Virumaa_algkoolid, lk 68
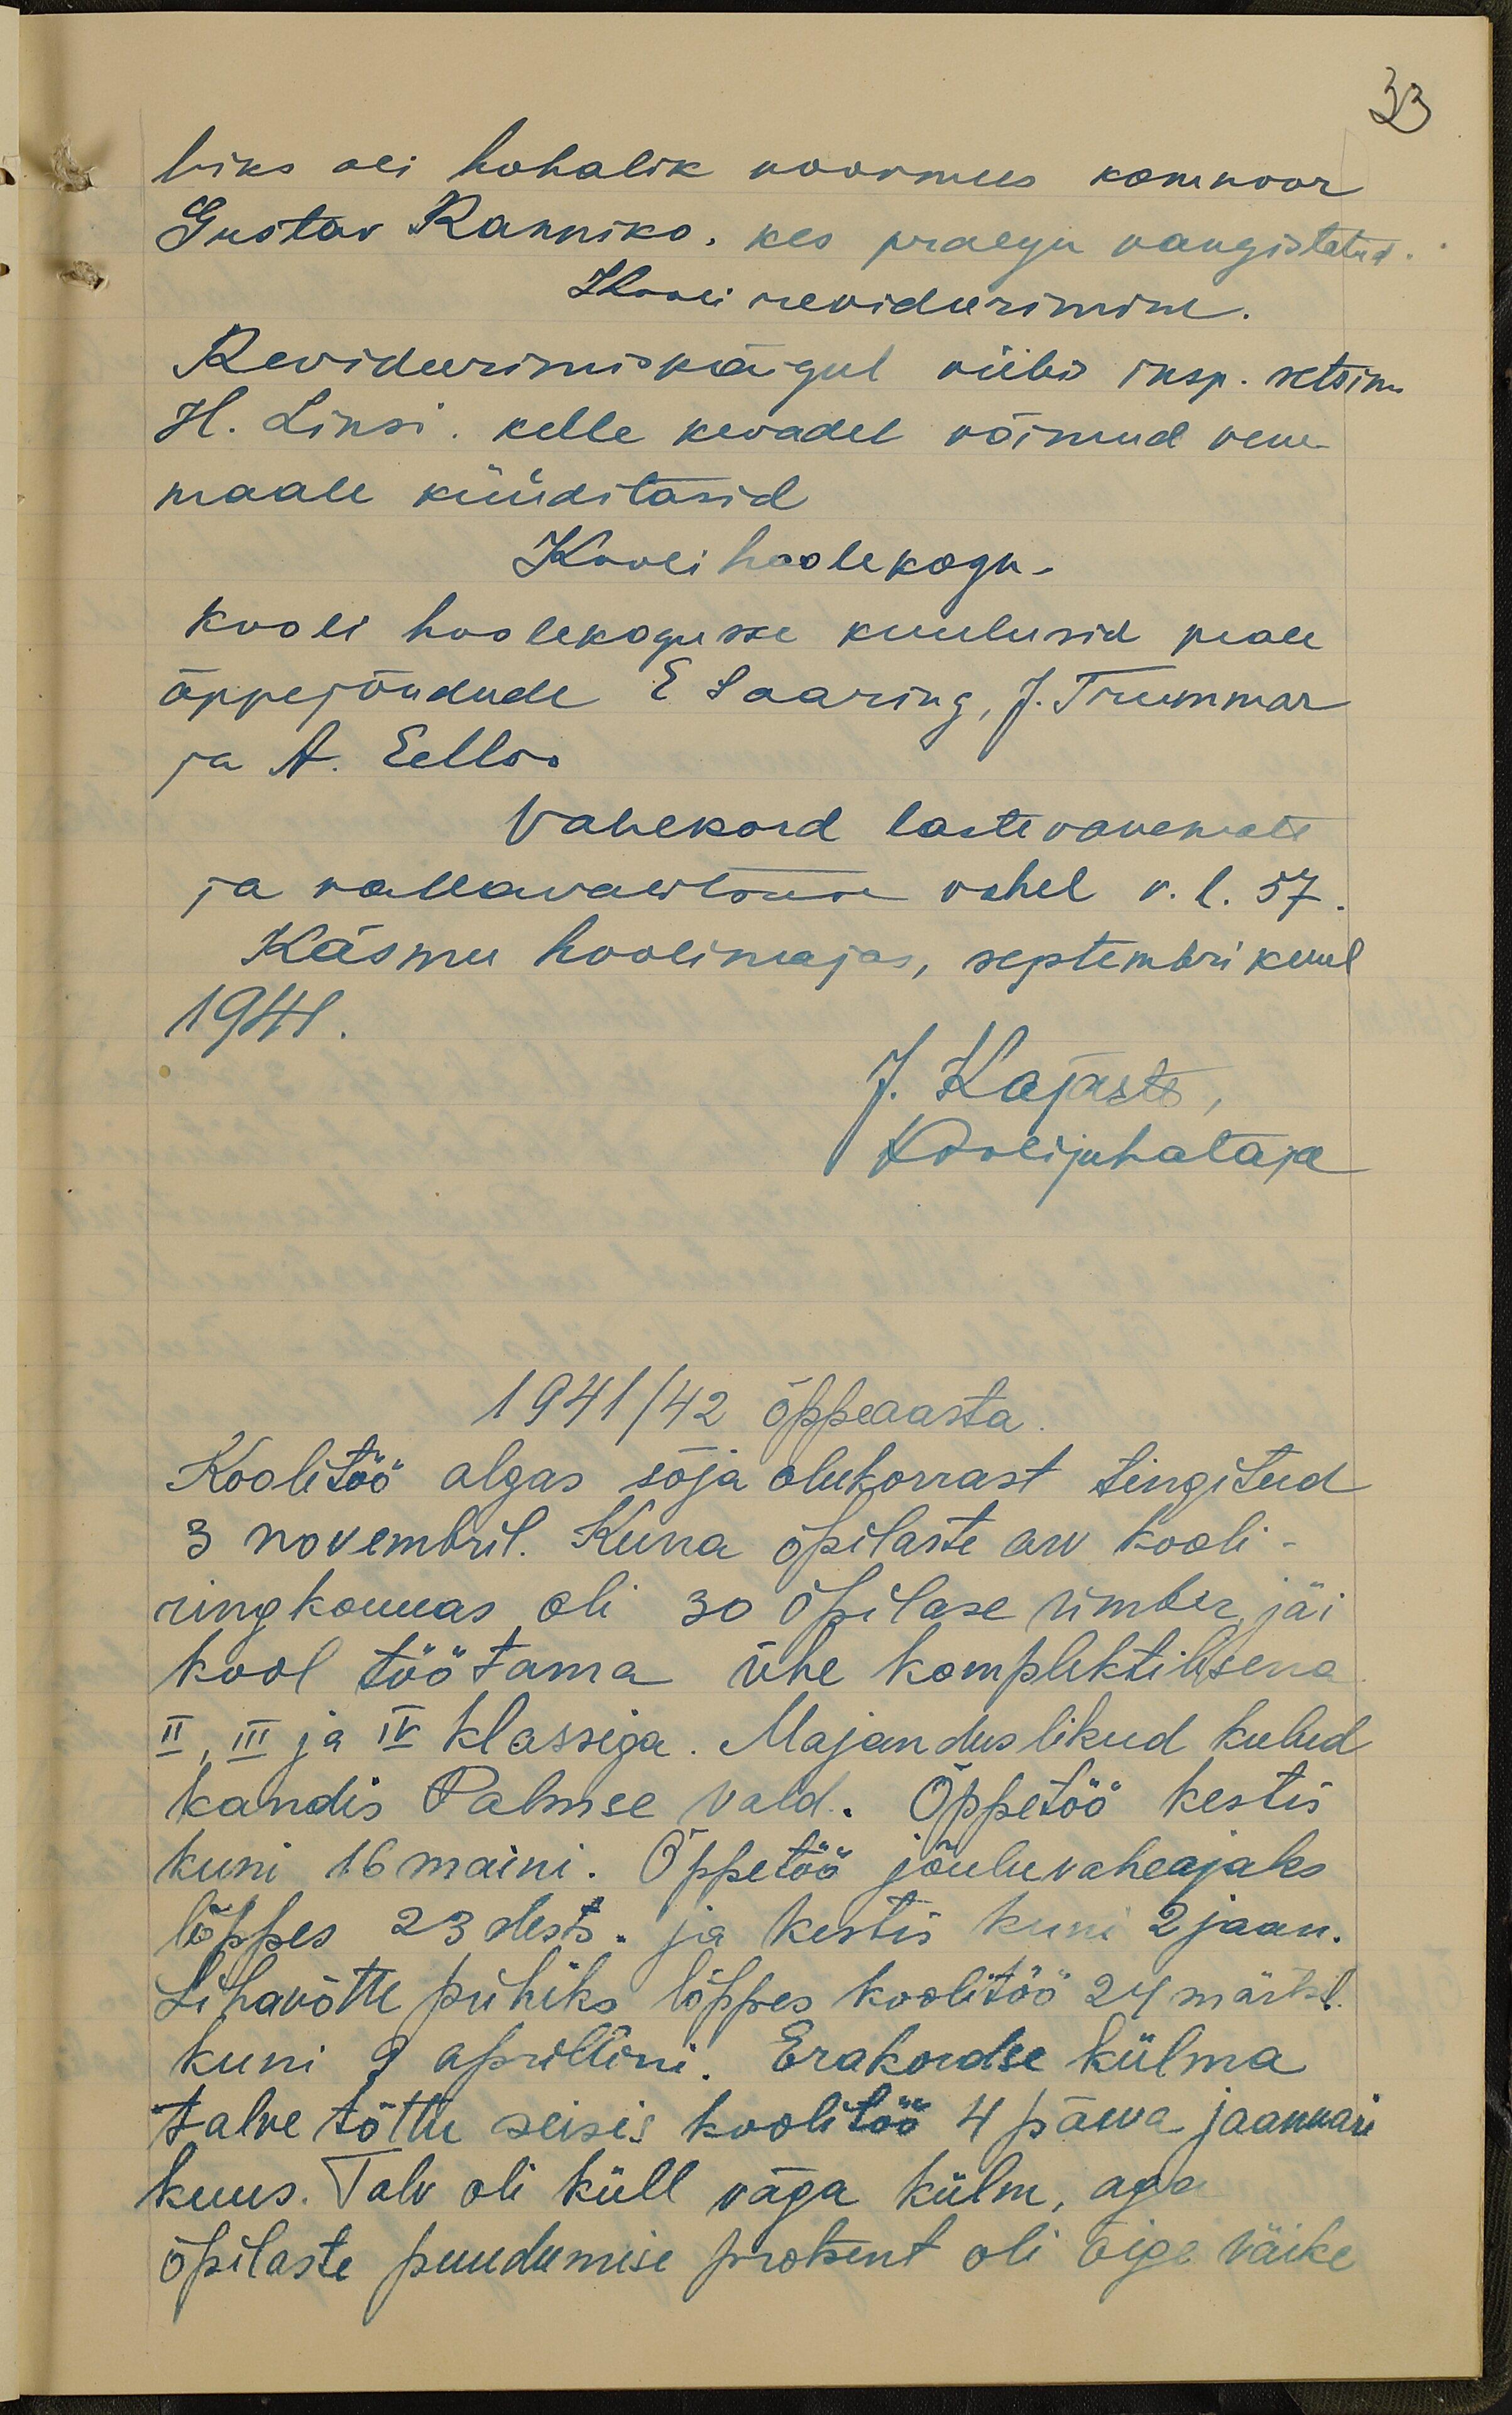
33
hiks oli kohalik noormees komnoor
Gustav Ranniko, kes praegu vangistatud.
Kooli revideerimine
Revideerimiskäigul viibis insp. setsim.
H. Linsi. kelle kevadel võimud vene
maale küüditasid,
Kooli hoolekogu
Kooli hoolekogusse kuulusid peale
õppejõudude E. Saaring, J. Trummar
ja A. Eelloo.
Vahekord lastevanemate
ja vallavalitsuse vahel v. l. 57.
Käsmu koolimajas, septembri kuul
1941
J. Kajaste
Koolijuhataja
1941/42 õppeaasta
Koolitöö algas sõja olukorrast tingitud
3 novembril. Kuna õpilaste arv kooli
ringkonnas oli 30 õpilase ümber jäi
kool töötama ühe komplektilisena
II, III ja IV klassiga. Majanduslikud kulud
kandis Palmse vald. Õppetöö kestis
kuni 16 maini. Õppetöö jõuluvaheajaks
lõppes 23 dets. ja kestis kuni 2 jaan.
Lihavõtte pühiks lõppes koolitöö 24 märtsil
kuni 9 aprillini. Erakordse külma
talve tõttu seisis koolitöö 4 päeva jaanuari
kuus. Talv oli küll väga külm, aga
õpilaste puudumise protsent oli õige väike